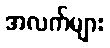
အလက်များ